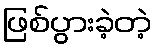
ဖြစ်ပွားခဲ့တဲ့